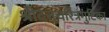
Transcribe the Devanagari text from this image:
श्रीदत्तचरित्रगुटिका